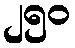
၂၅၀